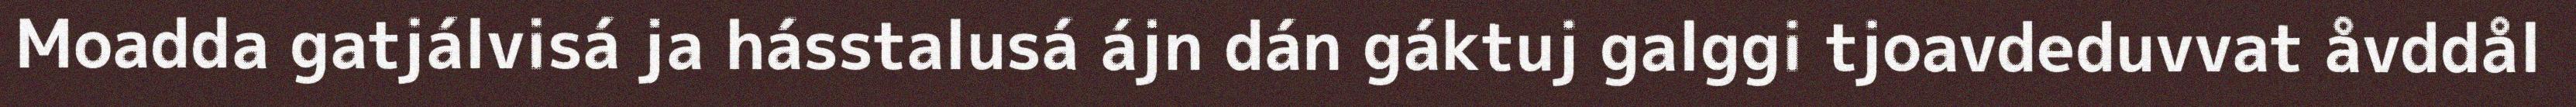
Moadda gatjálvisá ja hásstalusá ájn dán gáktuj galggi tjoavdeduvvat åvddål